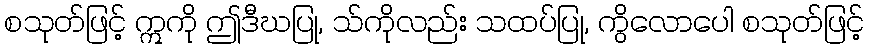
စသုတ်ဖြင့် ဣကို ဤဒီဃပြု, သ်ကိုလည်း သထပ်ပြု, ကွိလောပေါ စသုတ်ဖြင့်